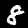
Digit: 8